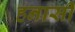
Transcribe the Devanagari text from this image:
हनासी